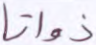
ذواتا